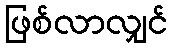
ဖြစ်လာလျှင်